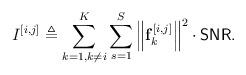
LaTeX: \begin{align*}I^{[i,j]} \triangleq \sum_{k=1, k\neq i}^{K} \sum_{s=1}^{S}\left\|\mathbf{f}_{k}^{[i,j]}\right\|^2 \cdot \mathsf{SNR}.\end{align*}